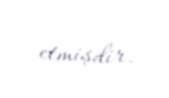
etmişdir.